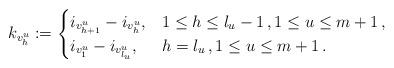
LaTeX: \begin{align*}k_{v^u_h}:=\begin{cases}i_{v^u_{h+1}}-i_{v^u_h},&1\le h\le l_u-1\,,1\le u\le m+1\,,\\i_{v^u_1}-i_{v^u_{l_u}},&h=l_u\,,1\le u\le m+1\,.\end{cases}\end{align*}